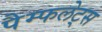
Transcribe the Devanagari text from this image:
पैम्फलेट्स